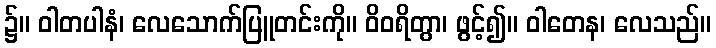
၌။ ဝါတပါနံ၊ လေသောက်ပြူတင်းကို။ ဝိဝရိတွာ၊ ဖွင့်၍။ ဝါတေန၊ လေသည်။